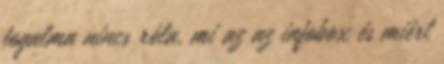
fogalma nincs róla, mi az az infobox és miért